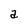
Character: a